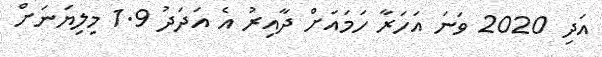
އަދި 2020 ވަނަ އަހަރާ ހަމައަށް ދާއިރު އެ އަދަދު 1.9 މިލިޔަނަށް